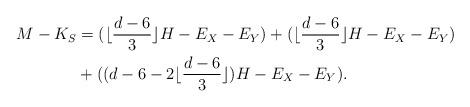
LaTeX: \begin{align*}M-K_S &= (\lfloor \frac{d-6}{3}\rfloor H-E_X-E_Y)+ (\lfloor \frac{d-6}{3}\rfloor H-E_X-E_Y)\\&+ ((d-6-2\lfloor \frac{d-6}{3}\rfloor)H-E_X-E_Y).\end{align*}